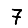
Digit: 7